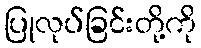
ပြုလုပ်ခြင်းတို့ကို